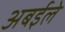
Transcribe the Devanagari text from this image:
अबईले